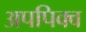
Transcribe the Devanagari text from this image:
अपपिक्व